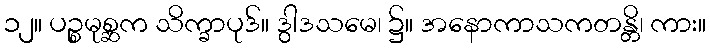
၁၂။ ပဉ္စမုစ္ဆက သိက္ခာပုဒ်။ ဒွါဒသမေ၊ ၌။ အနောကာသကတန္တိ၊ ကား။